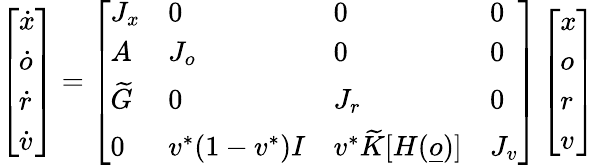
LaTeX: \left[\begin{array}{l}{\dot{x}}\\ {\dot{o}}\\ {\dot{r}}\\ {\dot{v}}\end{array}\right]=\left[\begin{array}{llll}{J_{x}}&{0}&{0}&{0}\\ {A}&{J_{o}}&{0}&{0}\\ {\widetilde G}&{0}&{J_{r}}&{0}\\ {0}&{v^{*}(1-v^{*})I}&{v^{*}\widetilde K[H(\underline{o})]}&{J_{v}}\end{array}\right]\left[\begin{array}{l}{x}\\ {o}\\ {r}\\ {v}\end{array}\right]